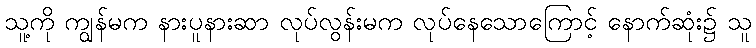
သူ့ကို ကျွန်မက နားပူနားဆာ လုပ်လွန်းမက လုပ်နေသောကြောင့် နောက်ဆုံး၌ သူ